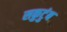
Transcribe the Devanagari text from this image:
सकुटुंब